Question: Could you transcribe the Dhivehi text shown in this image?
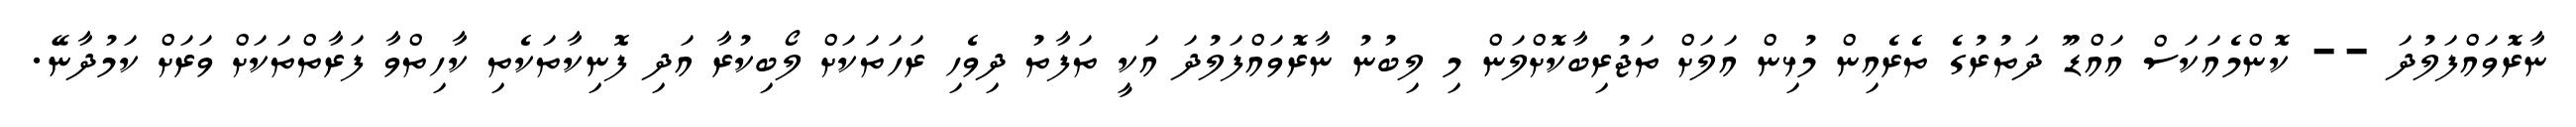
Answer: ނާރޮވައްފަލުދަ -- ކޮންމެއަކަސް އައްޑޫ ދަތުރުގެ ތެރެއިން މުޅިން އަލަށް ތަޖުރިބާކޮށްލަން މި ލިބުނު ނާރޮވައްފަލުދަ އަކީ ތަފާތު ދިވެހި ރަހަތަކަށް ލޯބިކުރާ އަދި ފޮނިކާތަކެތި ކާހިތްވާ ފަރާތްތަކަށް ވަރަށް ކަމުދާނޭ.